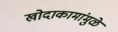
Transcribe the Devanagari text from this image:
खोदाकामांमुळे